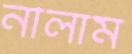
নীলাম